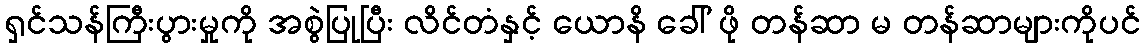
ရှင်သန်ကြီးပွားမှုကို အစွဲပြုပြီး လိင်တံနှင့် ယောနိ ခေါ် ဖို တန်ဆာ မ တန်ဆာများကိုပင်